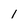
Character: l